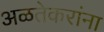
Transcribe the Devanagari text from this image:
अळतेकरांना